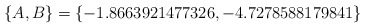
\begin{align*}\{ A,B\} =\{-1.8663921477326, -4.7278588179841\}\end{align*}